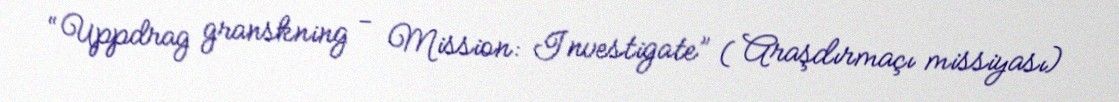
“Uppdrag granskning - Mission: Investigate” ( Araşdırmaçı missiyası)